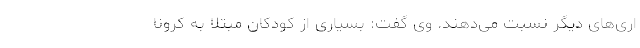
اری‌های دیگر نسبت می‌دهند. وی گفت: بسیاری از کودکان مبتلا به کرونا